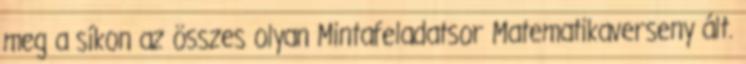
meg a síkon az összes olyan Mintafeladatsor Matematikaverseny ált.